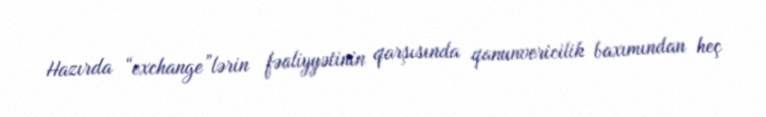
Hazırda “exchange”lərin fəaliyyətinin qarşısında qanunvericilik baxımından heç